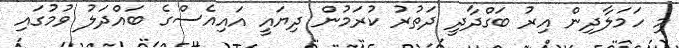
މި ހަމަލާދިން އިރު ބަގްދާދީ ދަތުރު ކުރަމުން ދިޔައީ އައިއެސްގެ ބައްދަލު ވުމުގައި